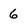
Character: 6